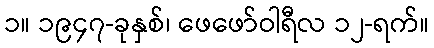
၁။ ၁၉၄၇-ခုနှစ်၊ ဖေဖော်ဝါရီလ ၁၂-ရက်။